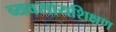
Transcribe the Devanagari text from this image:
व्यवसायशिक्षण